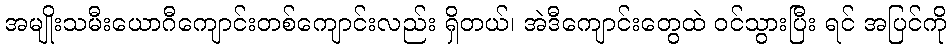
အမျိုးသမီးယောဂီကျောင်းတစ်ကျောင်းလည်း ရှိတယ်၊ အဲဒီကျောင်းတွေထဲ ဝင်သွားပြီး ရင် အပြင်ကို